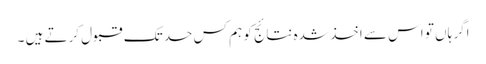
اگر ہاں تو اس سے اخذ شدہ نتائج کو ہم کس حد تک قبول کرتے ہیں ۔